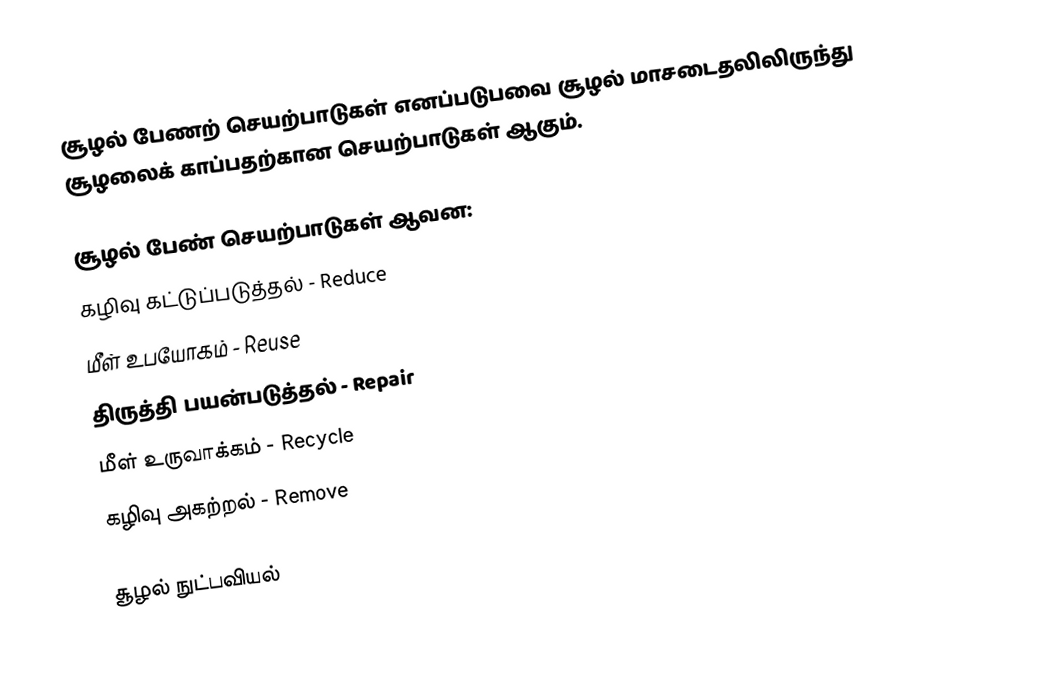
சூழல் பேணற் செயற்பாடுகள் எனப்படுபவை சூழல் மாசடைதலிலிருந்து சூழலைக் காப்பதற்கான செயற்பாடுகள் ஆகும்.

சூழல் பேண் செயற்பாடுகள் ஆவன:
 கழிவு கட்டுப்படுத்தல் - Reduce
 மீள் உபயோகம் - Reuse
 திருத்தி பயன்படுத்தல் - Repair
 மீள் உருவாக்கம் - Recycle
 கழிவு அகற்றல் - Remove

சூழல் நுட்பவியல்